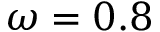
\omega = 0 . 8